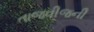
તાજવીજની